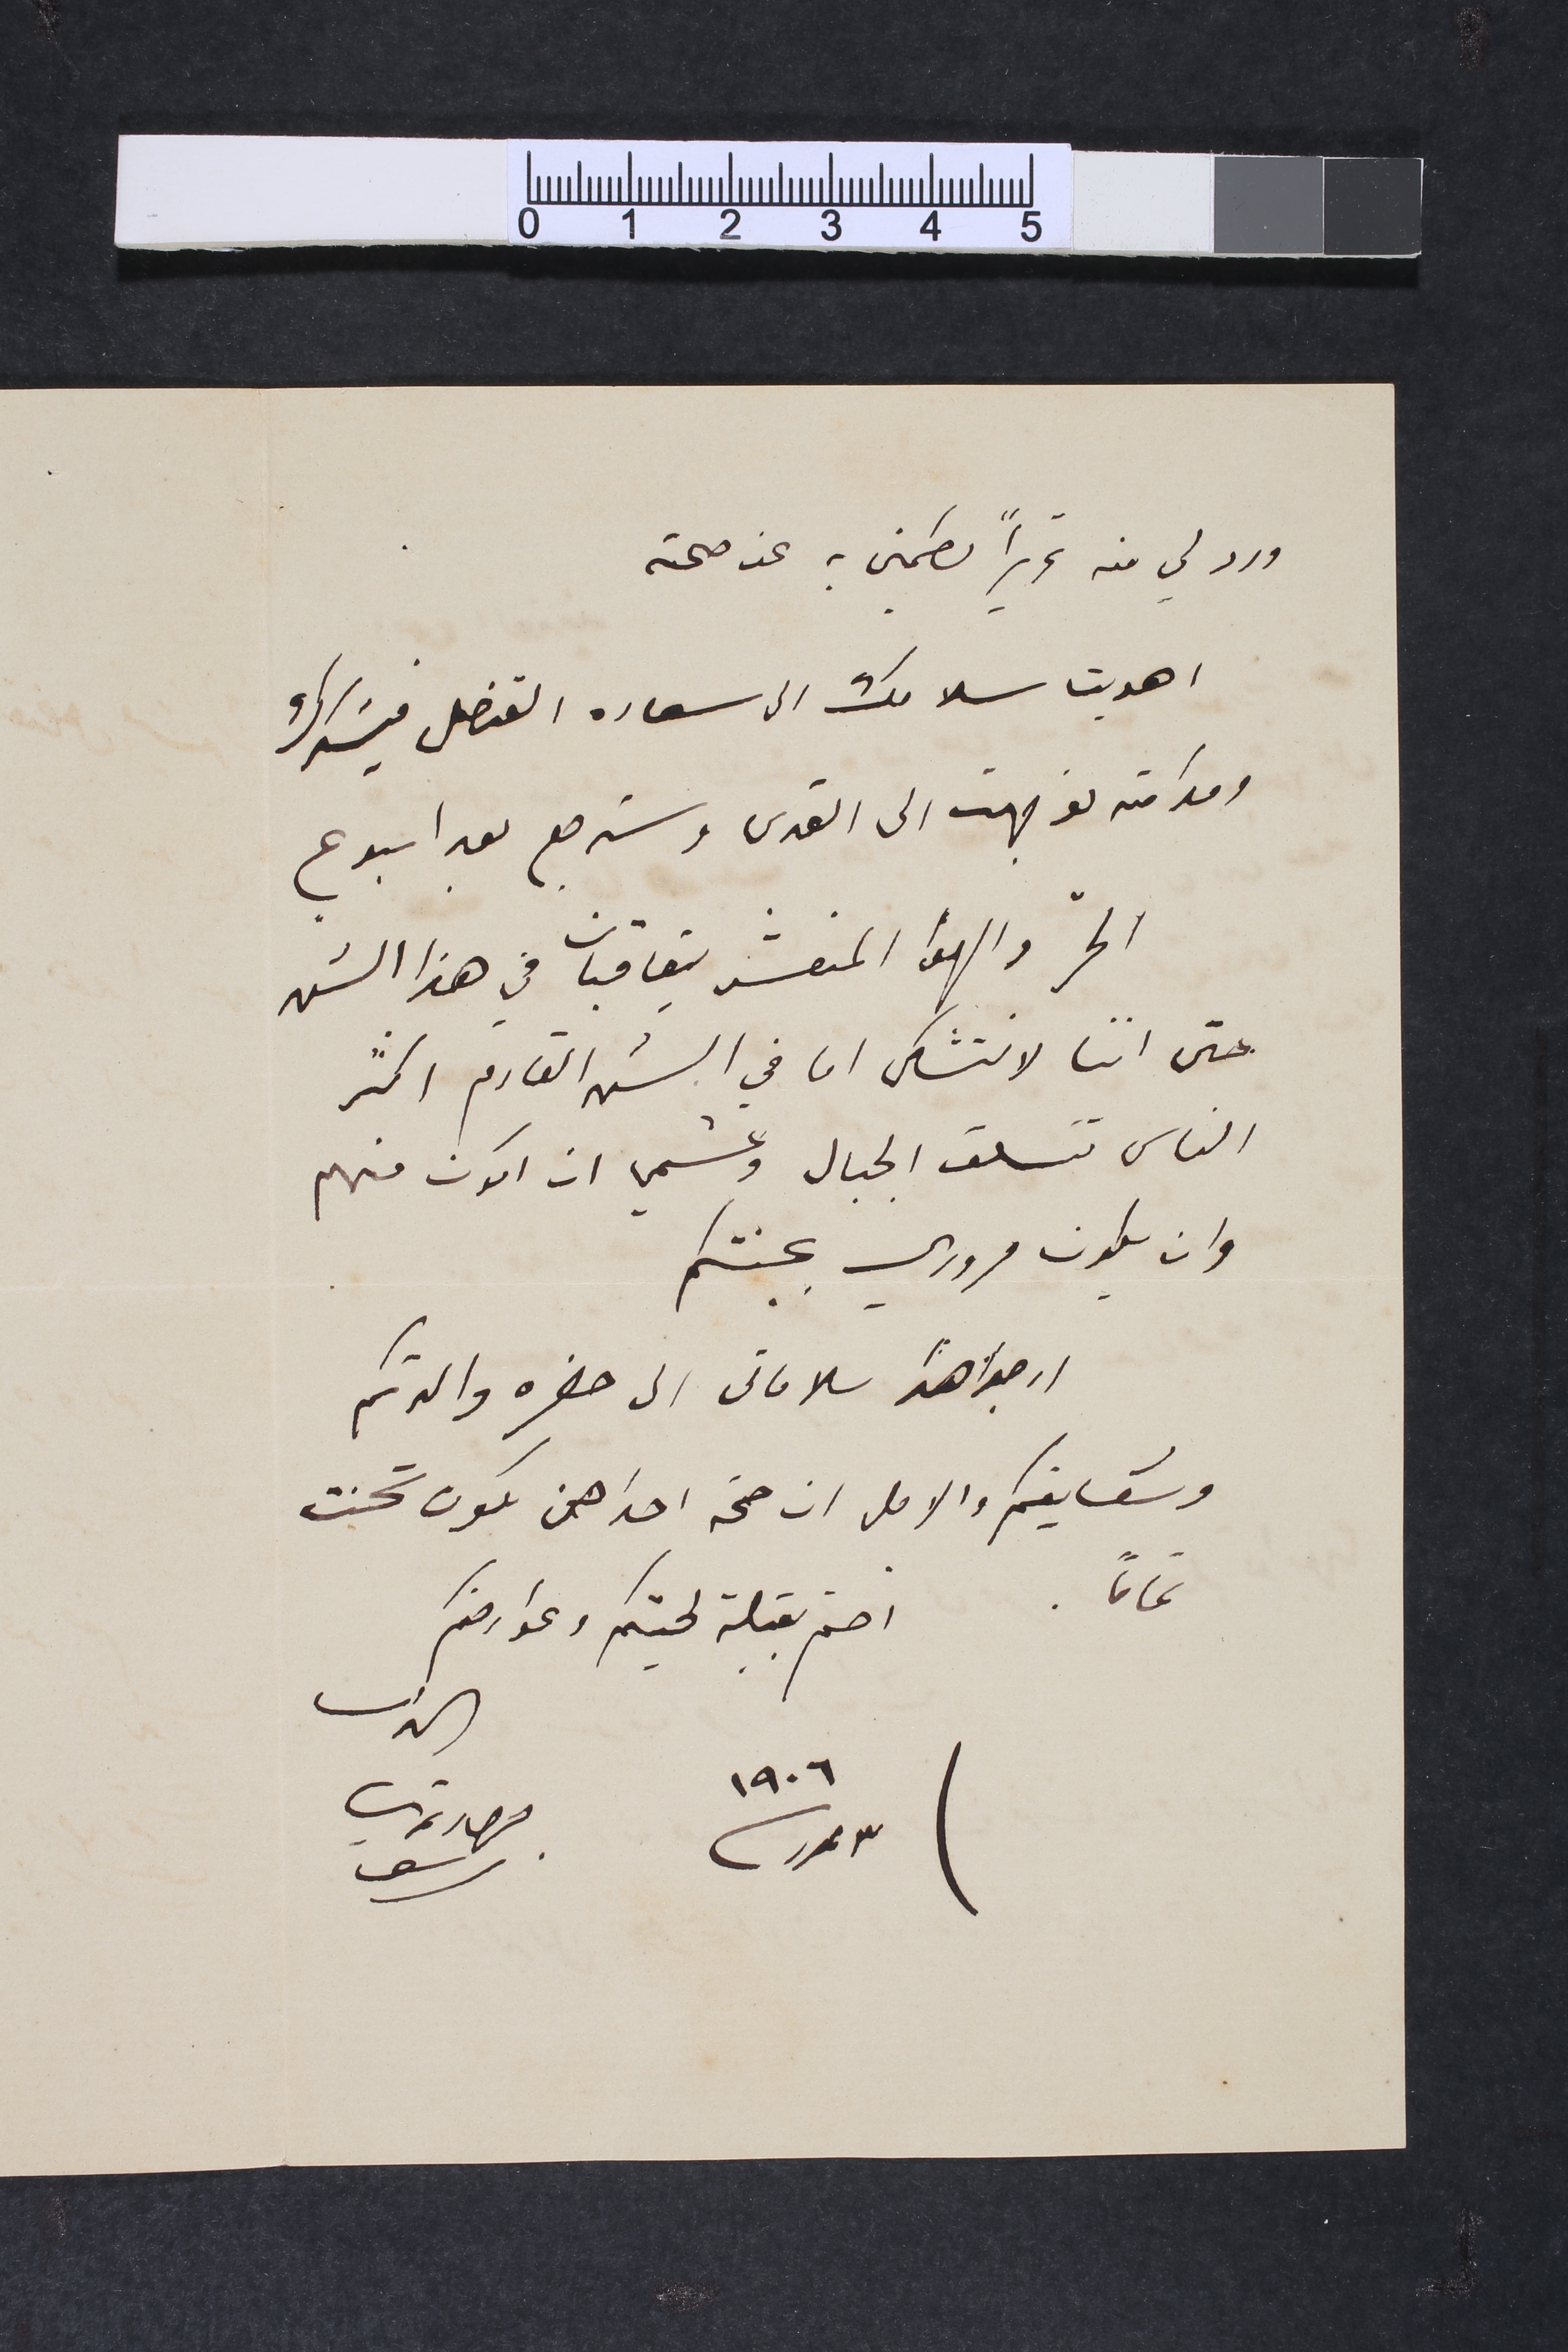
ورد لي منه تحريراً يطمني به عن صحته
اهديت سلامك الى سعاده القنصل فيشكرك
ومدامته توجهت الى القدس وسترجع بعد اسبوع
الحرّ والهوا المنعش يتعاقبان في هذا الشهر
حتى اننا لا نتشكى اما في الشهر القادم اكثر
الناس تتسلق الجبال وعشمي ان اكون منهم
وان يكون مرورى بجنتكم
ارجو اهدا سلاماتى الى حضره والدتكم
وشقايقكم والامل ان صحة احداهن تكون تحسنت
تماماً.	اختم بقبلة لحيتكم وعوارضكم		الداعى
٣ تموز سنة ١٩٠٦		جرجي دمتري سرسق